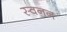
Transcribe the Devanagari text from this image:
स्वनन